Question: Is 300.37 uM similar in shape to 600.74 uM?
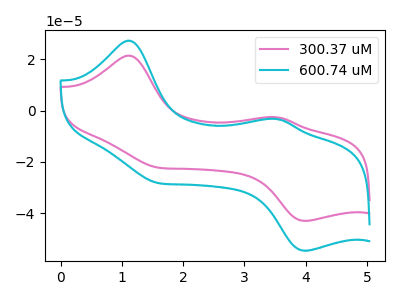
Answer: <think>The pink curve "300.37 uM" has anodic peaks at (1.15V, 21.50uA) (3.55V, -2.55uA) and cathodic peaks at (1.55V, -22.10uA) (4.00V, -43.00uA). The cyan curve "600.74 uM" has anodic peaks at (1.15V, 27.30uA) (3.55V, -3.25uA) and cathodic peaks at (1.55V, -28.10uA) (4.00V, -54.65uA).
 All the peaks in "300.37 uM" have a peak in "600.74 uM" at the same potential.</think>
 <answer>"300.37 uM" and "600.74 uM" are similar in shape.</answer>
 <eval>same_shape</eval>